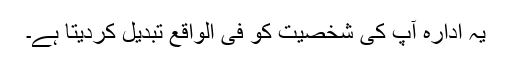
یہ ادارہ آپ کی شخصیت کو فی الواقع تبدیل کردیتا ہے۔